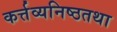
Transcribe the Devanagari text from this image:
कर्त्तव्यनिष्ठतथा